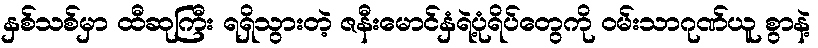
နှစ်သစ်မှာ ထီဆုကြီး ရရှိသွားတဲ့ ဇနီးမောင်နှံရဲ့ပုံရိပ်တွေကို ဝမ်းသာဂုဏ်ယူ စွာနဲ့